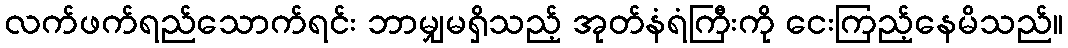
လက်ဖက်ရည်သောက်ရင်း ဘာမျှမရှိသည့် အုတ်နံရံကြီးကို ငေးကြည့်နေမိသည်။